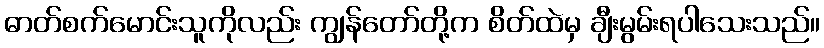
ဓာတ်စက်မောင်းသူကိုလည်း ကျွန်တော်တို့က စိတ်ထဲမှ ချီးမွမ်းရပါသေးသည်။